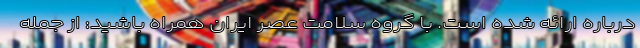
درباره ارائه شده است. با گروه سلامت عصر ایران همراه باشید: از جمله